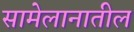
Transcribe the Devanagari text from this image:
सामेलानातील